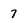
Character: 7